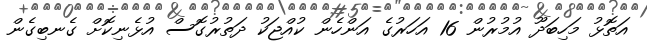
އަތޮޅު މަހިބަދޫ އުމުރުން 16 އަހަރުގެ އަންހެން ކުއްޖަކު ދަތުރުގޮސް އުޅެނިކޮށް ގެނބިގެން